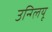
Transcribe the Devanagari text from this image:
उन्ग्लियू